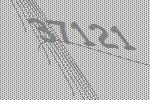
37121